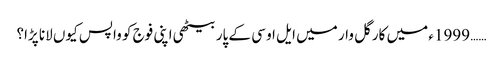
…… 1999ء میں کارگل وار میں ایل او سی کے پار بیٹھی اپنی فوج کو واپس کیوں لانا پڑا؟